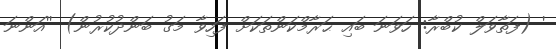
' (ފަތާވަލް ކުބްރާ: ހަވަނަ ބައި ޙަރާމްކަންތަކަށް ފަހިވާ މަގު ބަންދުކުރުން) ''އަންނަ